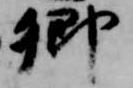
卿